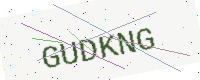
Text: GUDKNG